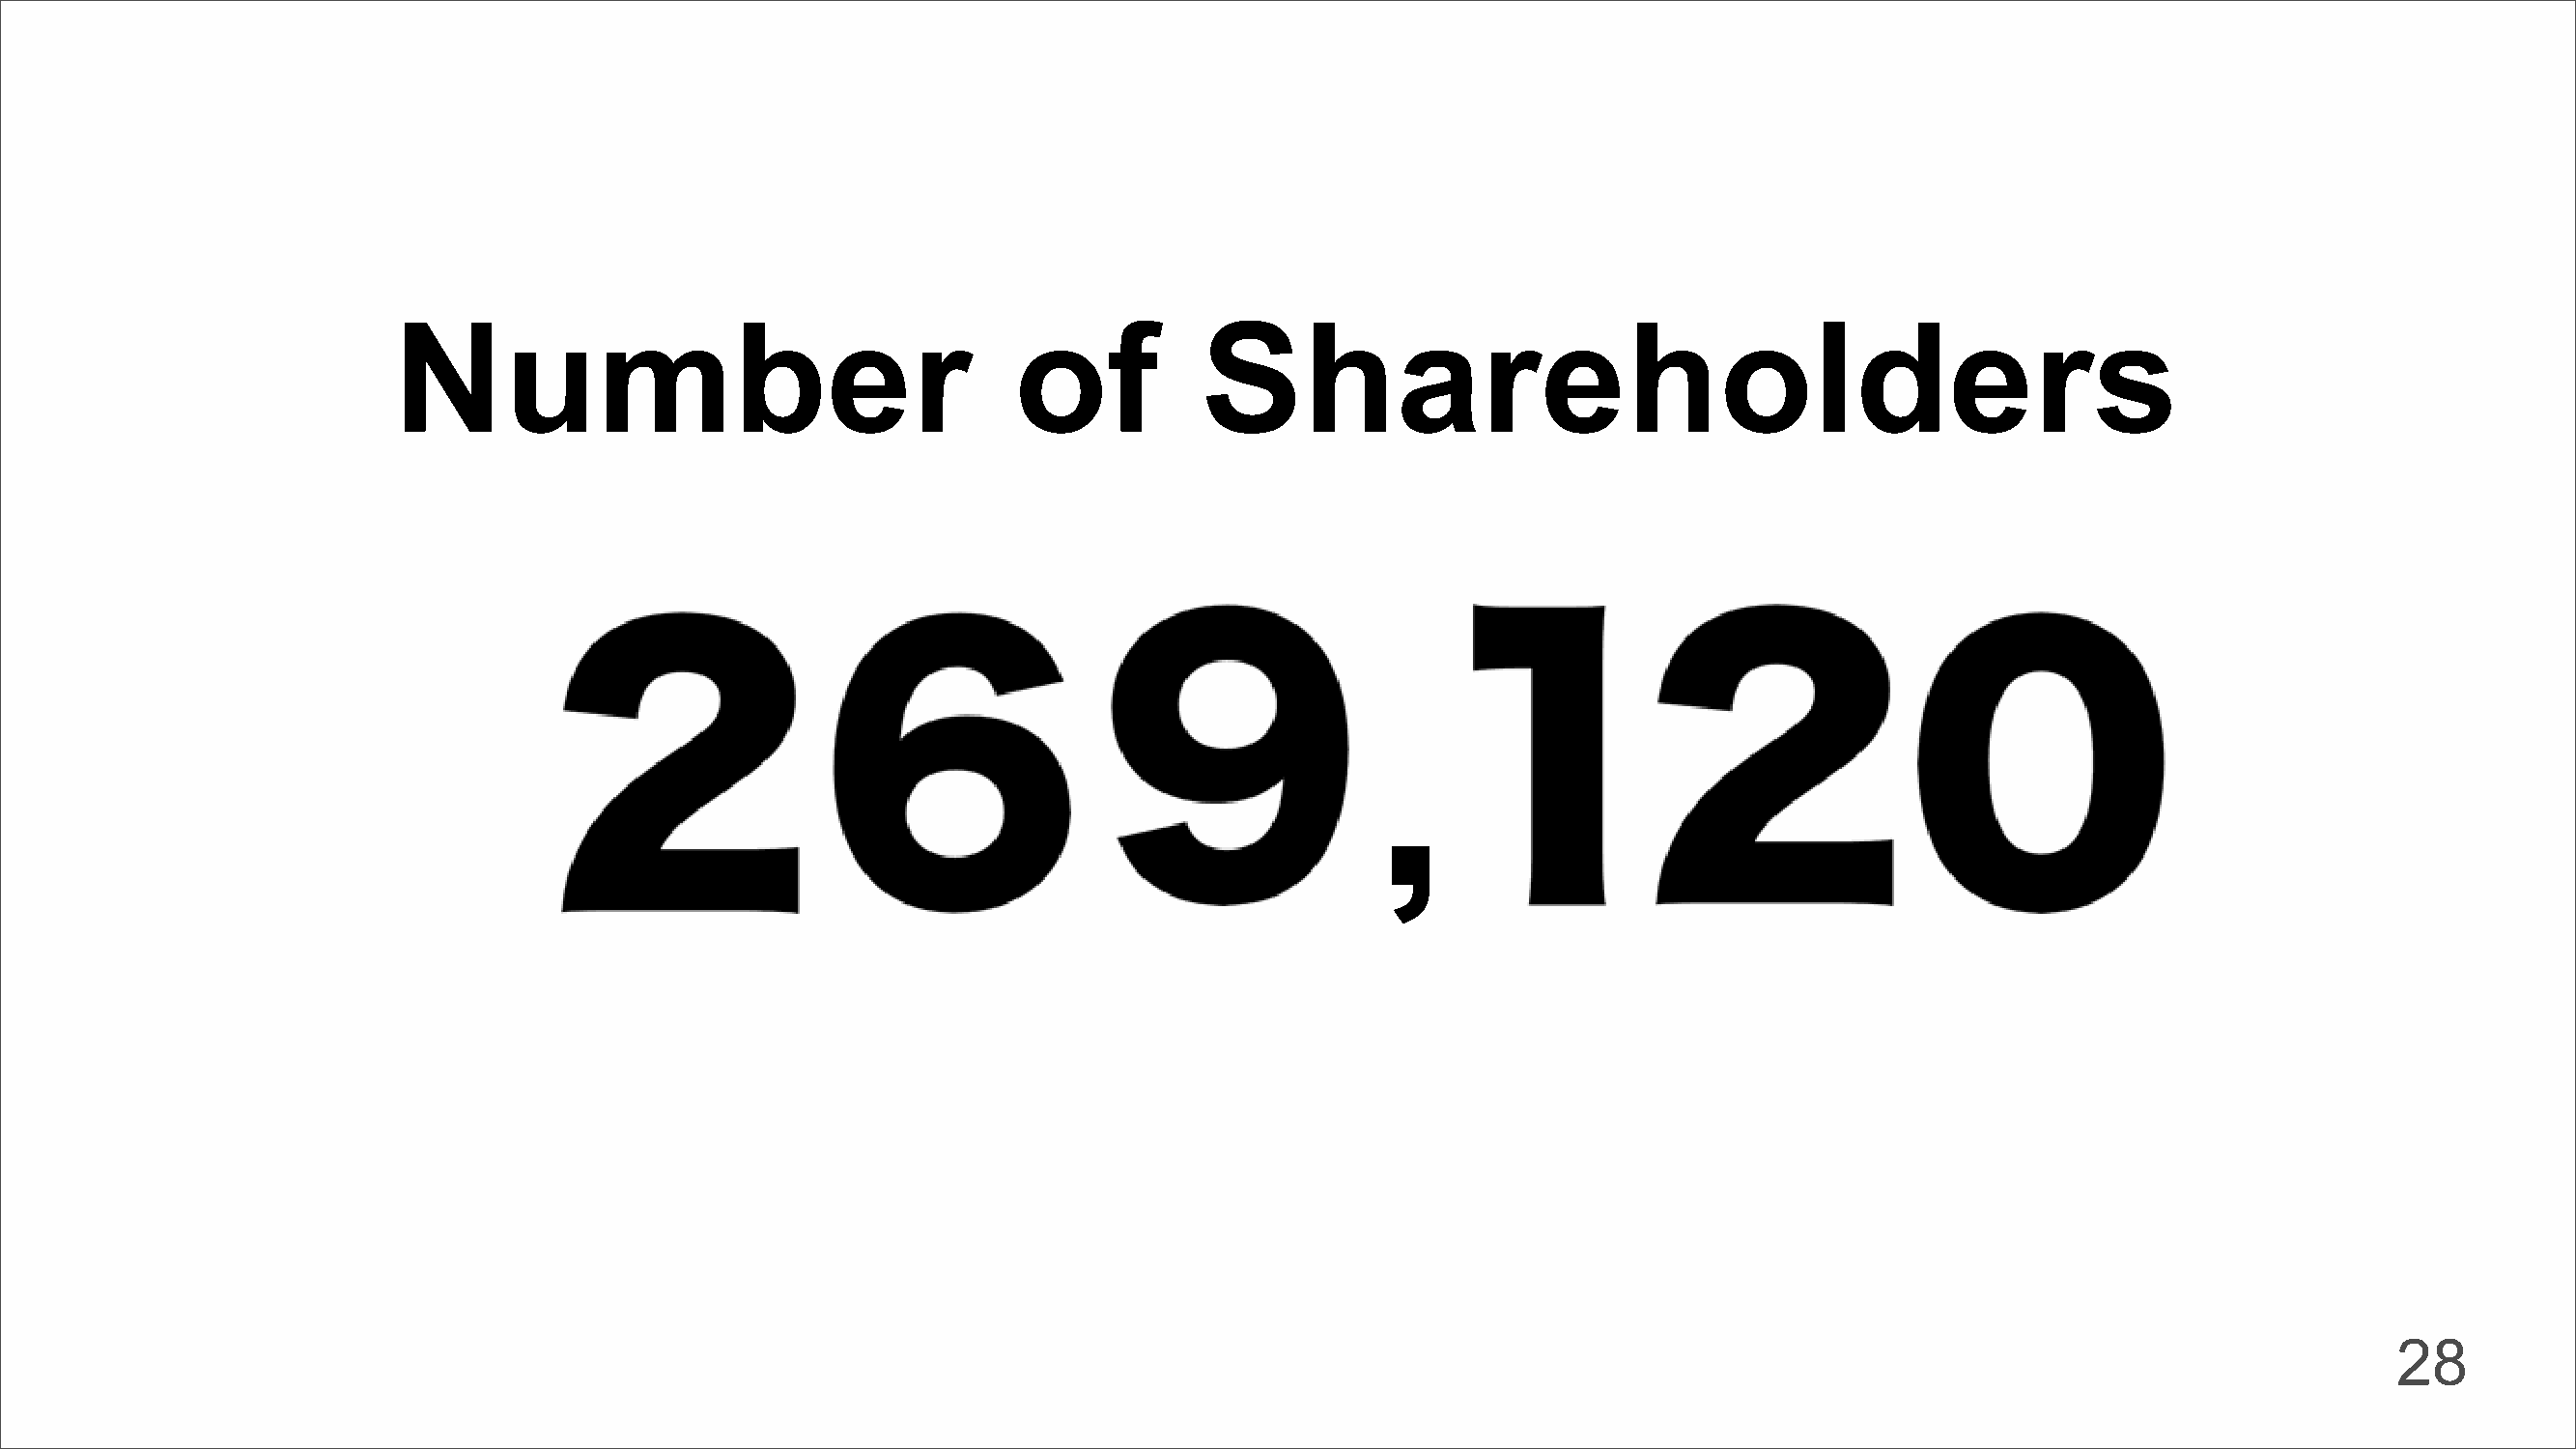
Number                                    of           Shareholders
 ,
 28